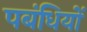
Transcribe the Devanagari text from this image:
पबंधियों